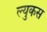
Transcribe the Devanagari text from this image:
ल्युकस